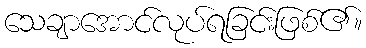
သေချာအောင်လုပ်ရခြင်းဖြစ်၏။